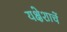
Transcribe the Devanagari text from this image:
यक्षेशाचें